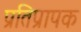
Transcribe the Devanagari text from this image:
प्रतिप्रापक